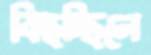
বিছচ্ছিলে